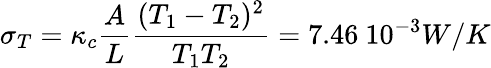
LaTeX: \sigma_{T}=\kappa_{c}\frac{A}{L}\frac{(T_{1}-T_{2})^{2}}{T_{1}T_{2}}=7.46\ 10^{-3}W/K